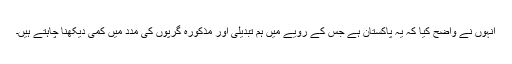
انہوں نے واضح کیا کہ یہ پاکستان ہے جس کے رویے میں ہم تبدیلی اور مذکورہ گرپوں کی مدد میں کمی دیکھنا چاہتے ہیں۔